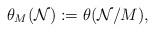
LaTeX: \begin{align*}\theta_M(\mathcal N) := \theta(\mathcal N/M),\end{align*}